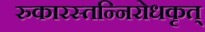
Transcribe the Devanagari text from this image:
रुकारस्तन्निरोधकृत्